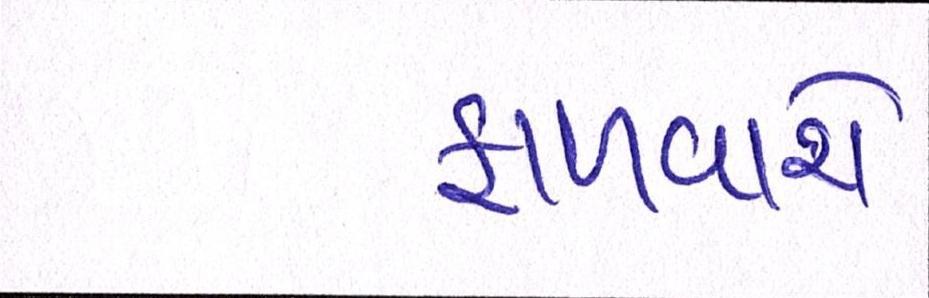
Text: ફાળવાશે